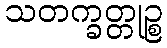
သတက္ခတ္တုဉ္စ